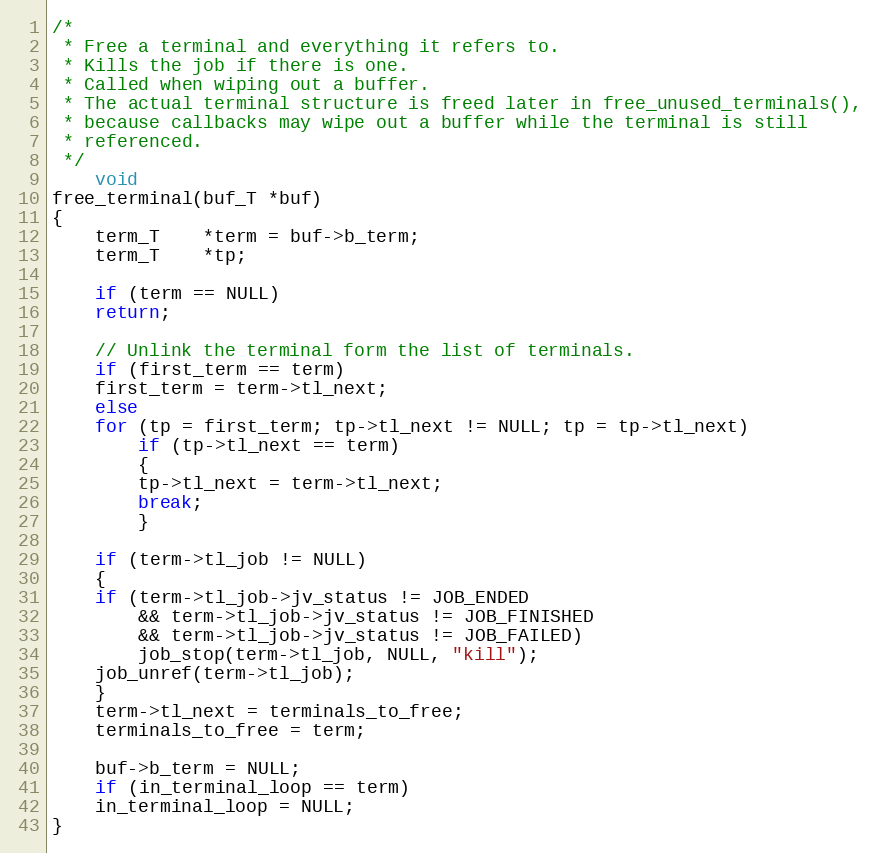
Language: C
/*
 * Free a terminal and everything it refers to.
 * Kills the job if there is one.
 * Called when wiping out a buffer.
 * The actual terminal structure is freed later in free_unused_terminals(),
 * because callbacks may wipe out a buffer while the terminal is still
 * referenced.
 */
    void
free_terminal(buf_T *buf)
{
    term_T	*term = buf->b_term;
    term_T	*tp;

    if (term == NULL)
	return;

    // Unlink the terminal form the list of terminals.
    if (first_term == term)
	first_term = term->tl_next;
    else
	for (tp = first_term; tp->tl_next != NULL; tp = tp->tl_next)
	    if (tp->tl_next == term)
	    {
		tp->tl_next = term->tl_next;
		break;
	    }

    if (term->tl_job != NULL)
    {
	if (term->tl_job->jv_status != JOB_ENDED
		&& term->tl_job->jv_status != JOB_FINISHED
		&& term->tl_job->jv_status != JOB_FAILED)
	    job_stop(term->tl_job, NULL, "kill");
	job_unref(term->tl_job);
    }
    term->tl_next = terminals_to_free;
    terminals_to_free = term;

    buf->b_term = NULL;
    if (in_terminal_loop == term)
	in_terminal_loop = NULL;
}